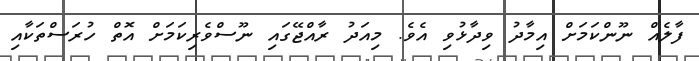
ފާލެއް ނޫންކަމަށް އިމާދު ވިދާޅުވި އެވެ. މިއަދު ރާއްޖޭގައި ނޫސްވެރިކަމަށް އޮތް ހުރަސްތަކާއި